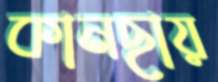
কানছায়